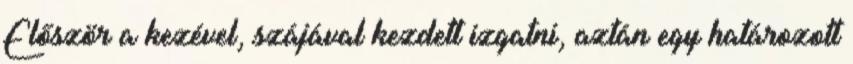
Először a kezével, szájával kezdett izgatni, aztán egy határozott